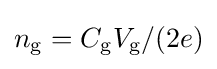
n_{\rm {g}}=C_{\rm {g}}V_{\rm {g}}/(2e)